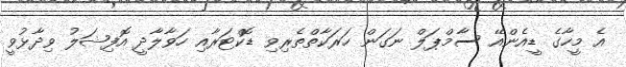
އެ މީހާގެ ޑީއެންއޭ ސާމްޕަލް ނަގަން ހަރަކާތްތެރިވި ޑޮކްޓަރާއި ހަވާލާދީ އޮފިޝަލު ވިދާޅުވީ